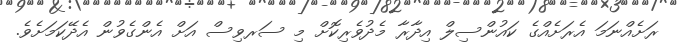
ރަށެއްނަމަ އެރަށެއްގެ ކައުންސިލް އިދާރާ މެދުވެރިކޮށް މި ސަރވިސް އަށް އެންގެވުން އެދޭކަމަށެވެ.